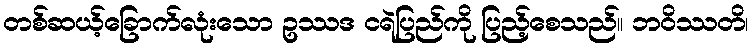
တစ်ဆယ့်ခြောက်လုံးသော ဥဿဒ ငရဲပြည်ကို ပြည့်စေသည်။ ဘဝိဿတိ၊